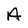
Character: A